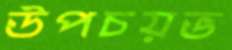
উপচয়ভ